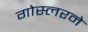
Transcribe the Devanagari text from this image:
गोस्लरने